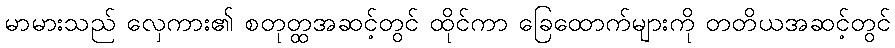
မာမားသည် လှေကား၏ စတုတ္ထအဆင့်တွင် ထိုင်ကာ ခြေထောက်များကို တတိယအဆင့်တွင်